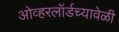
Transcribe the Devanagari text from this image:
ओव्हरलॉर्डच्यावेळी